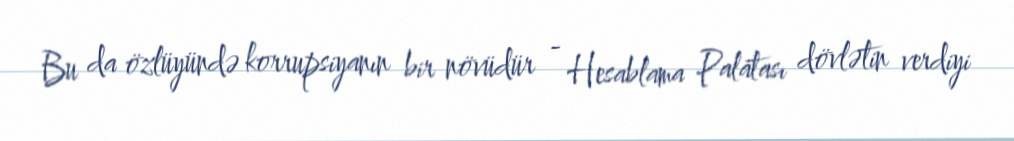
Bu da özlüyündə korrupsiyanın bir növüdür - Hesablama Palatası dövlətin verdiyi